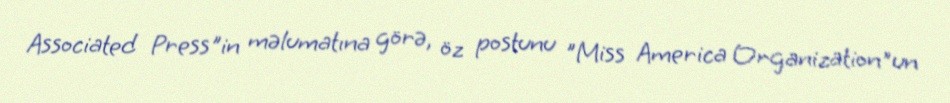
Associated Press"in məlumatına görə, öz postunu "Miss America Organization"un